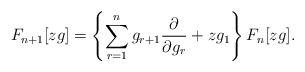
LaTeX: \begin{align*}F_{n+1}[zg]= \left\{ \sum_{r=1}^n g_{r+1} \frac{\partial}{\partial g_r}+zg_1 \right\} F_n[zg]. \end{align*}